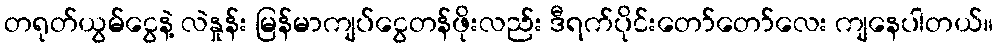
တရုတ်ယွမ်ငွေနဲ့ လဲနှုန်း မြန်မာကျပ်ငွေတန်ဖိုးလည်း ဒီရက်ပိုင်းတော်တော်လေး ကျနေပါတယ်။